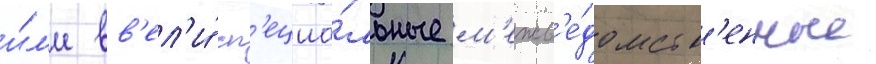
и́л'и вв'ел'и́ сп'ециа́льные м'ежв'е́домств'енные